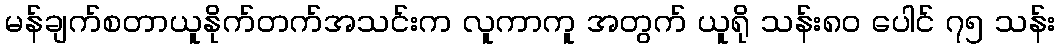
မန်ချက်စတာယူနိုက်တက်အသင်းက လူကာကူ အတွက် ယူရို သန်း၈၀ ပေါင် ၇၅ သန်း